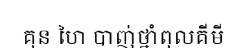
គុន ហៃ បាញ់ថ្នាំពុលគីមី